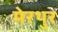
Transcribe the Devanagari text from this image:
मेरथुर